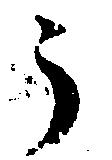
う